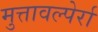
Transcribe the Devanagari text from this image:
मुत्तावल्पेर्रा